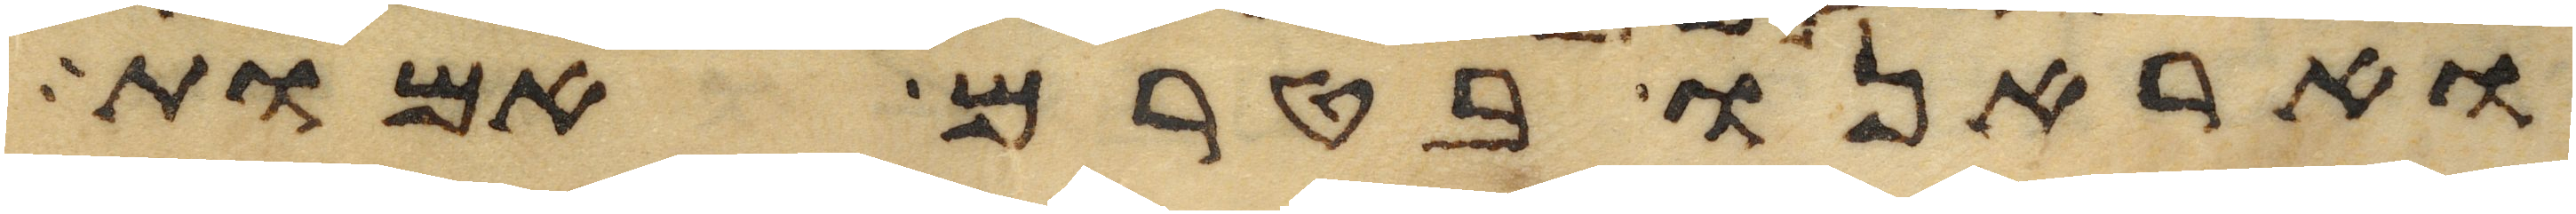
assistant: ואראנו בטרם אמות